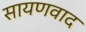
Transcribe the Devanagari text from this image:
सायणवाद